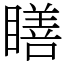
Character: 𥊳